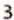
3